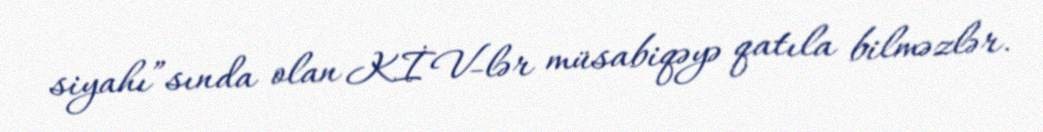
siyahı”sında olan KİV-lər müsabiqəyə qatıla bilməzlər.